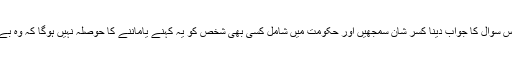
ملک چلانے والے شاید اس سوال کا جواب دینا کسر شان سمجھیں اور حکومت میں شامل کسی بھی شخص کو یہ کہنے یاماننے کا حوصلہ نہیں ہوگا کہ وہ بے اختیار اور بے بس ہے۔